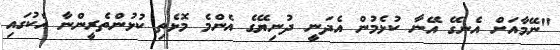
"ނޭމާއަށް އެނގޭ އޭނާ ކުޅެމުން އެދަނީ ދުނިޔޭގެ އެންމެ މޮޅެތި ކުޅުންތެރީންނާ އެކުގައި